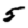
Digit: 5